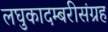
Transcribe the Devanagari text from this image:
लघुकादम्बरीसंग्रह